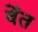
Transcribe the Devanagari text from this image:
वेंत